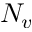
N _ { v }